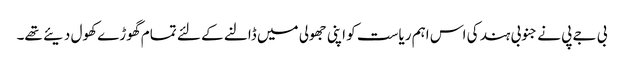
بی جے پی نے جنوبی ہند کی اس اہم ریاست کو اپنی جھولی میں ڈالنے کے لئے تمام گھوڑے کھول دیئے تھے۔